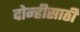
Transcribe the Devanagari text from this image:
दोन्हीसाठी